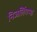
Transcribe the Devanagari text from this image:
निजलिंगप्पा